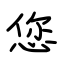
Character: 您